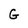
Character: G